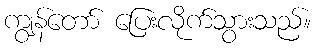
ကျွန်တော် ပြေးလိုက်သွားသည်။